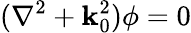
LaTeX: (\nabla^{2}+\mathbf{k}_{0}^{2})\phi=0